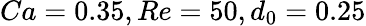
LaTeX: Ca=0.35,Re=50,d_{0}=0.25